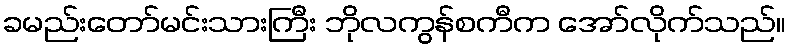
ခမည်းတော်မင်းသားကြီး ဘိုလကွန်စကီက အော်လိုက်သည်။